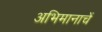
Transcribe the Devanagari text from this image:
अभिमानाचें